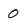
Character: 0